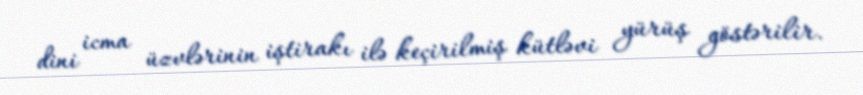
dini icma üzvlərinin iştirakı ilə keçirilmiş kütləvi yürüş göstərilir.